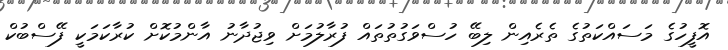
އޮފީހުގެ މަސައްކަތުގެ ތެރެއިން ލިބޭ ހުސްވަގުތުތައް ފުރާލުމަށް ވިޖުދާނު އާންމުކޮށް ކުރާކަމަކީ ފޭސްބުކް